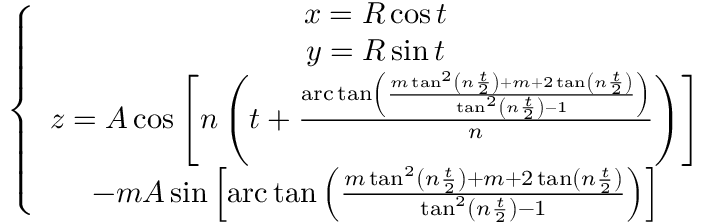
\left\{ \begin{array} { c } { x = R \cos t } \\ { y = R \sin t } \\ { z = A \cos \left[ n \left( t + \frac { \mathrm { a r c } \tan \left( \frac { m \tan ^ { 2 } \left( n \frac { t } { 2 } \right) + m + 2 \tan \left( n \frac { t } { 2 } \right) } { \tan ^ { 2 } \left( n \frac { t } { 2 } \right) - 1 } \right) } { n } \right) \right] } \\ { - m A \sin \left[ \mathrm { a r c } \tan \left( \frac { m \tan ^ { 2 } \left( n \frac { t } { 2 } \right) + m + 2 \tan \left( n \frac { t } { 2 } \right) } { \tan ^ { 2 } \left( n \frac { t } { 2 } \right) - 1 } \right) \right] } \end{array} \right.